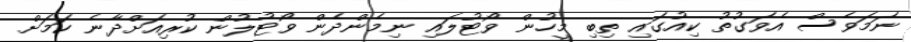
ނަމަވެސް އެވަގުތު ކިއުގައި ތިބި މީހުން ވޯޓުލައި ނިމެންދެން ވޯޓުލުން ކުރިއަށްދާނެ ކަމަށް